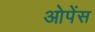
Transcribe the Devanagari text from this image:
ओपेंस